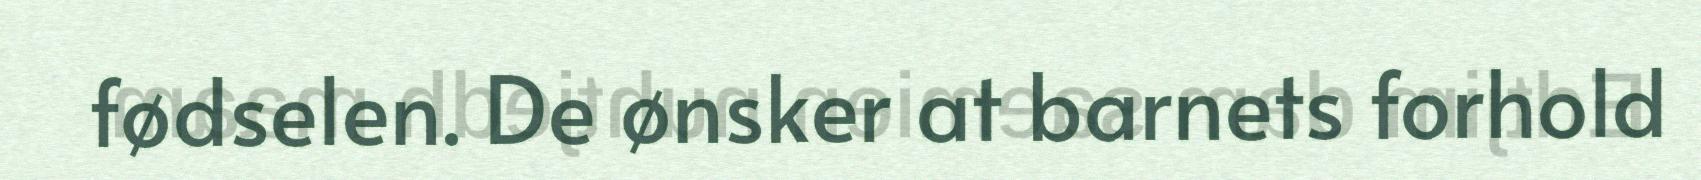
fødselen. De ønsker at barnets forhold